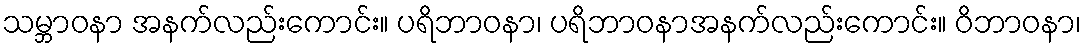
သမ္ဘာဝနာ အနက်လည်းကောင်း။ ပရိဘာဝနာ၊ ပရိဘာဝနာအနက်လည်းကောင်း။ ဝိဘာဝနာ၊